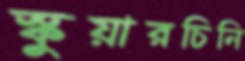
স্কুয়ারচিনি